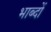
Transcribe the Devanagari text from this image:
भाब्दों